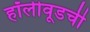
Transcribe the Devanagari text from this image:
हॉलीवूडची